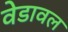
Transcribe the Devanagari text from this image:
वेडावल